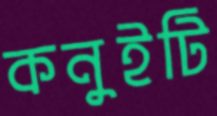
কনুইটি